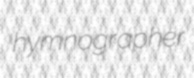
hymnographer